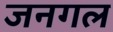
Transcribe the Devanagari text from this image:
जनगल